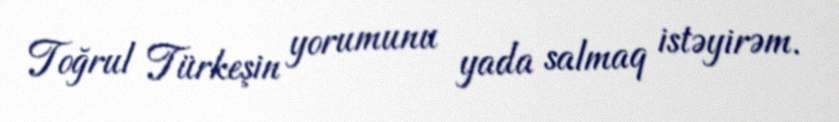
Toğrul Türkeşin yorumunu yada salmaq istəyirəm.